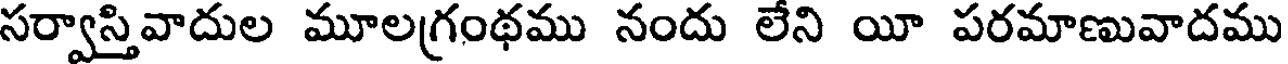
సర్వాస్తివాదుల మూలగ్రంథము నందు లేని యీ పరమాణువాదము